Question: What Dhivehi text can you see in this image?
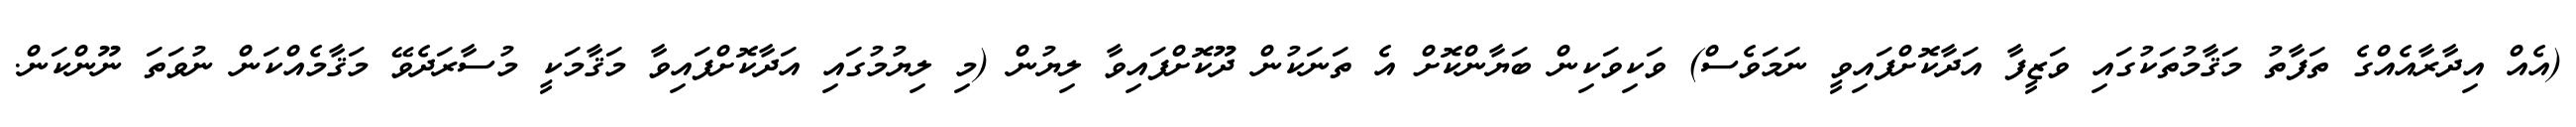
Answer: (އެއް އިދާރާއެއްގެ ތަފާތު މަޤާމުތަކުގައި ވަޒީފާ އަދާކޮށްފައިވީ ނަމަވެސް) ވަކިވަކިން ބަޔާންކޮށް އެ ތަނަކުން ދޫކޮށްފައިވާ ލިޔުން (މި ލިޔުމުގައި އަދާކޮށްފައިވާ މަޤާމަކީ މުސާރަދެވޭ މަޤާމެއްކަން ނުވަތަ ނޫންކަން.